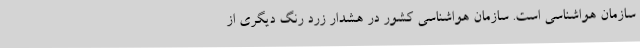
سازمان هواشناسی است. سازمان هواشناسی کشور در هشدار زرد رنگ دیگری از